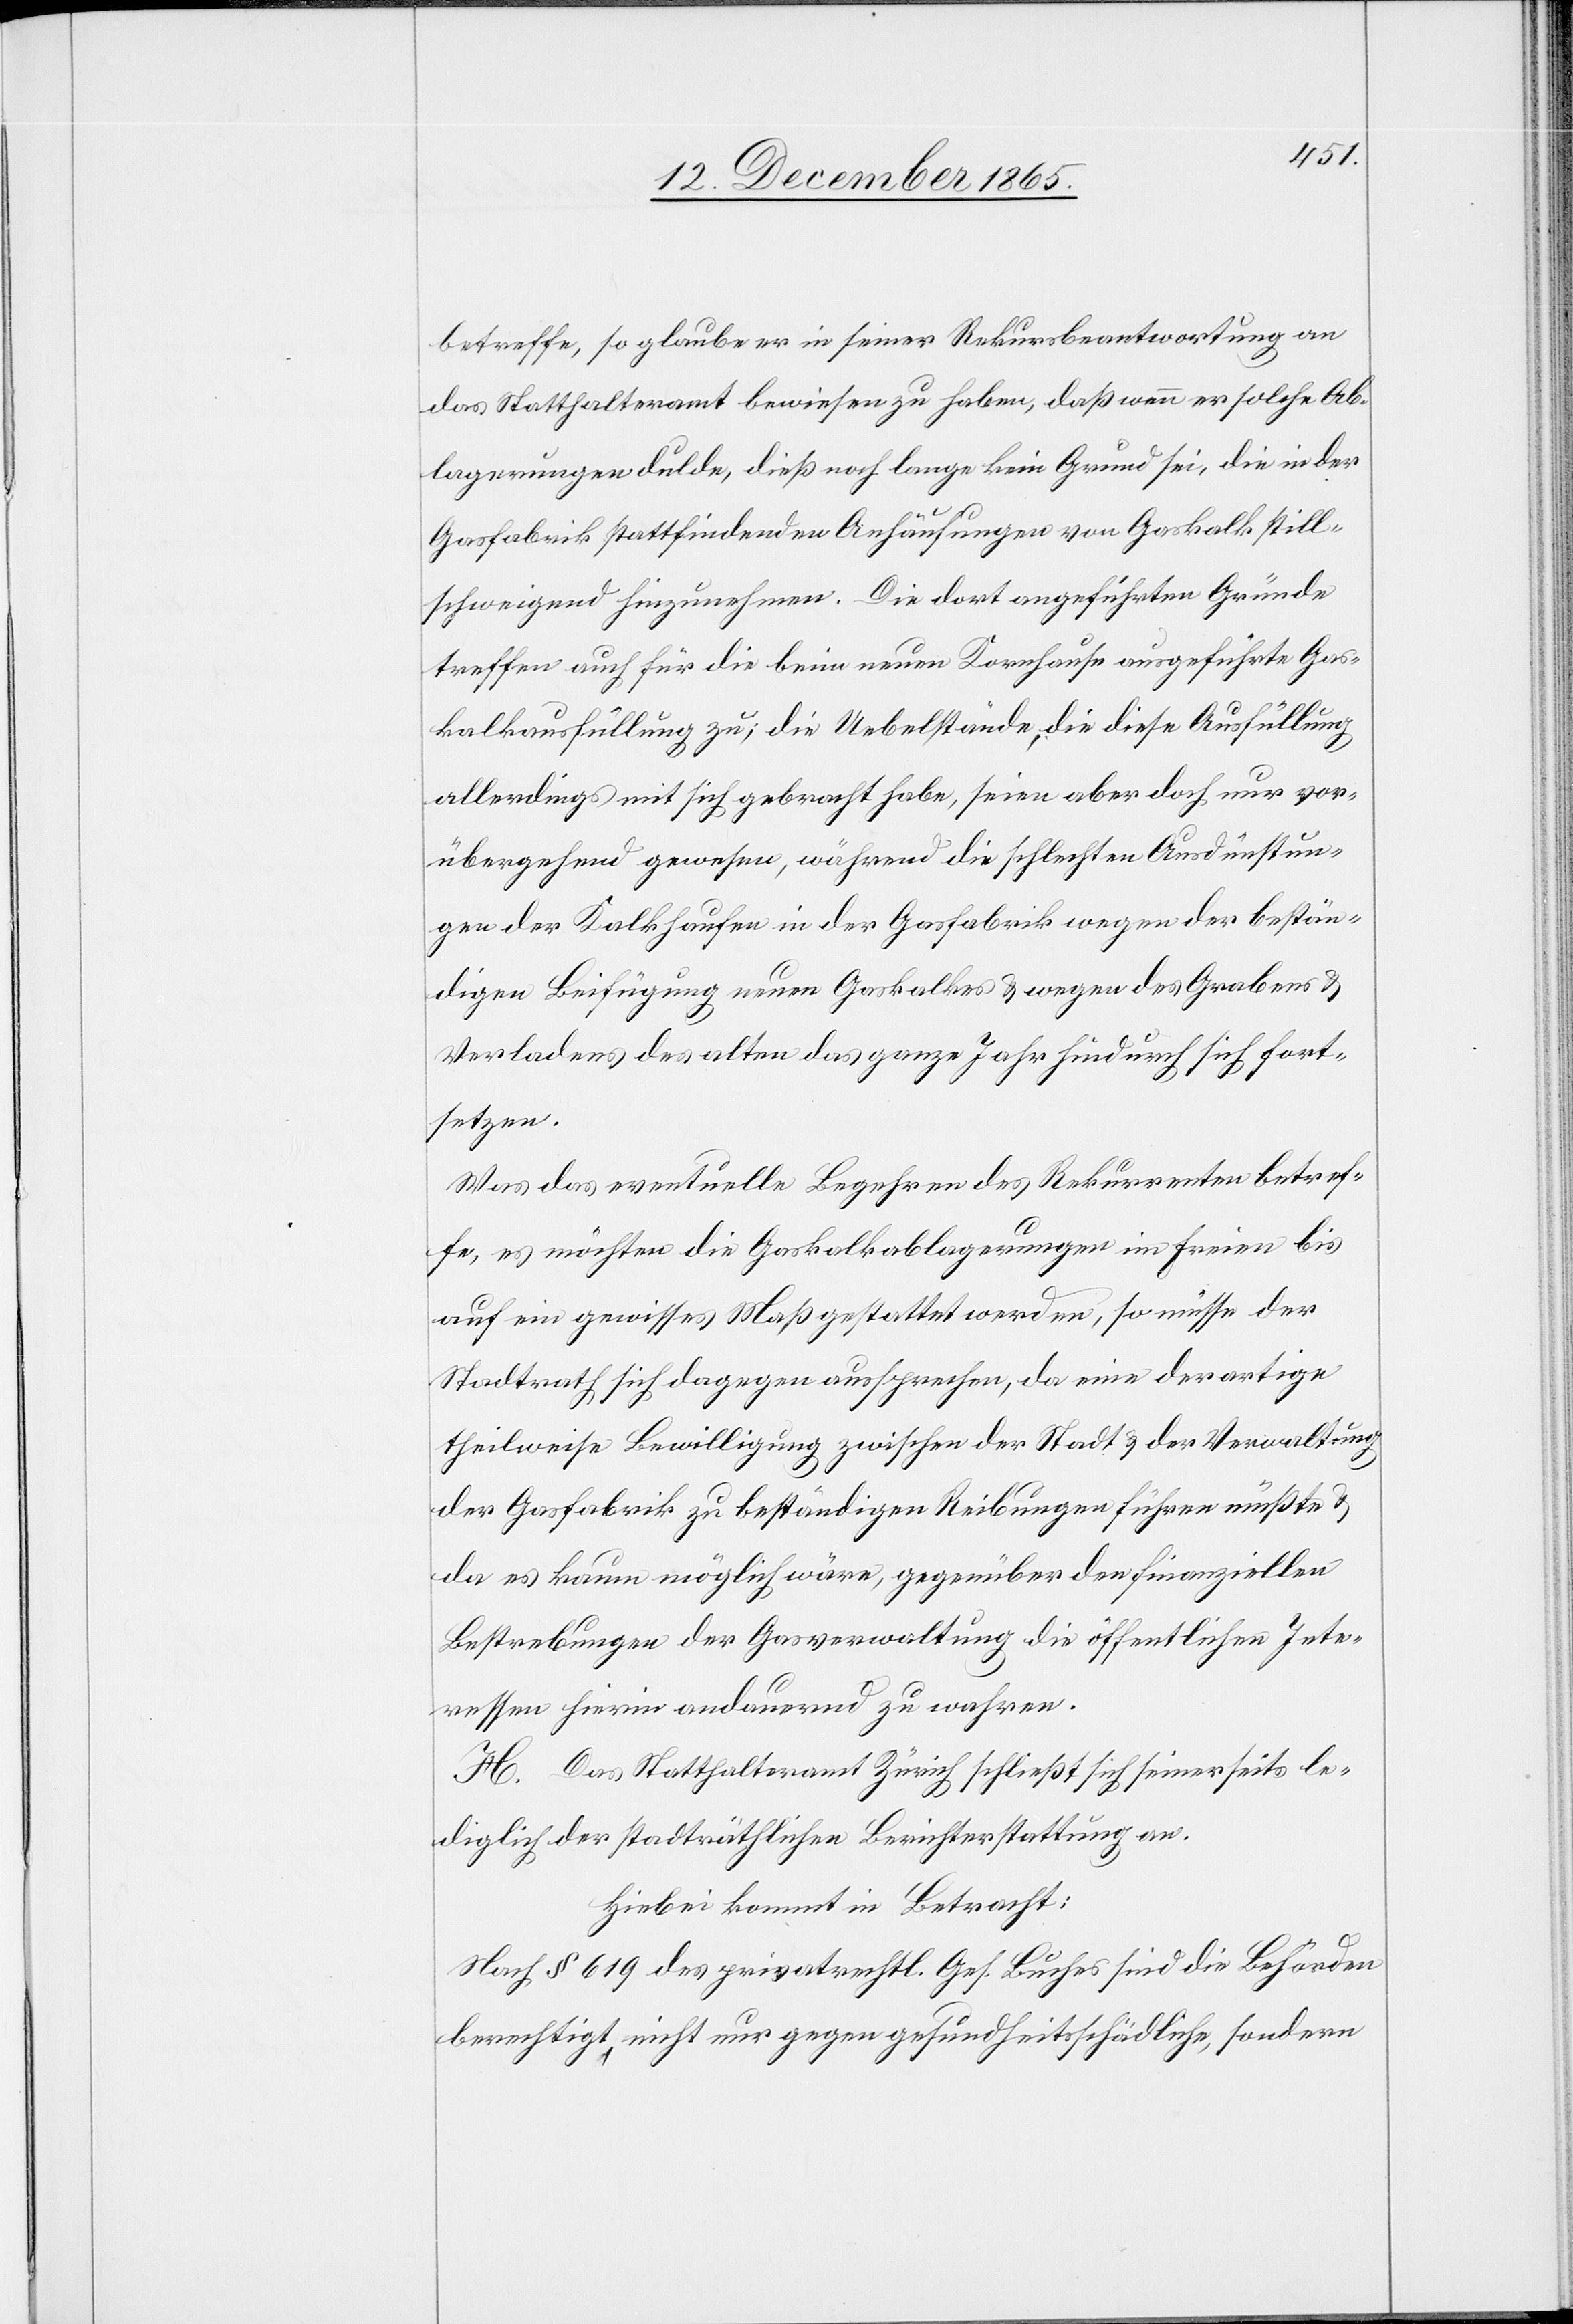
betreffe, so glaube er in seiner Rekursbeantwortung an
das Statthalteramt bewiesen zu haben, daß wenn er solche Ab¬
lagerungen dulde, dieß noch lange kein Grund sei, die in der
Gasfabrik stattfindenden Anhäufungen von Gaskalk still¬
schweigend hinzunehmen. Die dort angeführten Gründe
treffen auch für die beim neuen Kornhause angeführte Gas¬
kalkausfüllung zu; die Uebelstände, die diese Ausfüllung
allerdings mit sich gebracht habe, seien aber doch nur vor¬
übergehend gewesen, während die schlechten Ausdünstun¬
gen der Kalkhaufen in der Gasfabrik wegen der bestän¬
digen Beifügung neuen Gaskalkes & wegen des Grabens &
Verladens des alten das ganze Jahr hindurch sich fort¬
setze.
Was das eventuelle Begehren des Rekurrenten betref¬
fe, es möchten die Gaskalkablagerungen im Freien bis
auf ein gewisses Maß gestattet werden, so müsse der
Stadtrath sich dagegen aussprechen, da eine derartige
theilweise Bewilligung zwischen der Stadt & der Verwaltung
der Gasfabrik zu beständigen Reibungen führen müßte &
da es kaum möglich wäre, gegenüber den finanziellen
Bestrebungen der Gasverwaltung die öffentlichen Inte¬
ressen hierin andauernd zu wahren.
H. Das Statthalteramt Zürich schließt sich seinerseits le¬
diglich der städtischen Berichterstattung an.
Hiebei kommt in Betracht:
Nach § 619 des privatrechtl. Ges. Buches sind die Behörden
berechtigt, nicht nur gegen gesundheitsschädliche, sondern